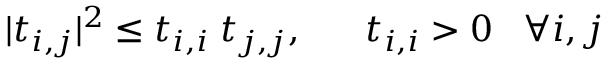
| t _ { i , j } | ^ { 2 } \leq t _ { i , i } \; t _ { j , j } , \; \; \; \; \; \; t _ { i , i } > 0 \; \; \; \forall i , j